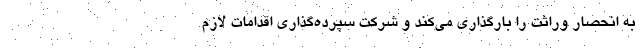
به انحصار وراثت را بارگذاری می‌کند و شرکت سپرده‌گذاری اقدامات لازم